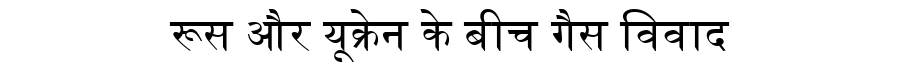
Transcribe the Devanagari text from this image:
रूस और यूक्रेन के बीच गैस विवाद